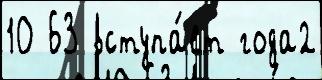
10 63 вступа́ет года2